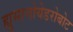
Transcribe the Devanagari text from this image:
ह्युमानोयेडरोबोट